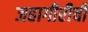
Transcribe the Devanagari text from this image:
जहागीरीची